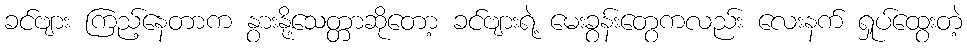
ခင်ဗျား ကြည့်နေတာက နွားနို့သေတ္တာဆိုတော့ ခင်ဗျားရဲ့ မေးခွန်းတွေကလည်း လေးနက် ရှုပ်ထွေးတဲ့